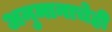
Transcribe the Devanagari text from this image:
अनुमानाचेही